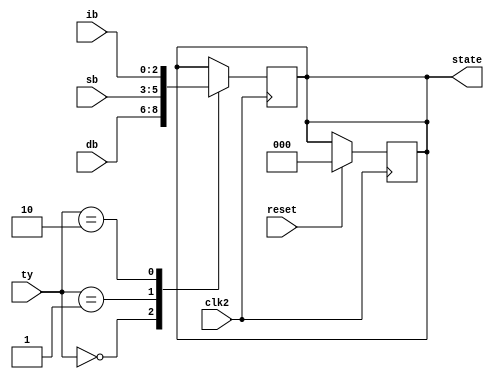
module nsreg(state,ty,ib,sb,db,clk2,reset);
output reg [2:0]state;
input [2:0]ib,sb,db;
input [1:0]ty;
input clk2,reset;

always @(negedge clk2)//P3
begin
case(ty)
2'b00:state=db;
2'b01:state=sb;
2'b10:state=ib;
endcase
end

always @(posedge clk2)//P4
begin
if(reset) state=3'd0;
end

endmodule